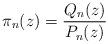
LaTeX: \begin{align*}\pi_{n}(z)=\frac{Q_{n}(z)}{P_{n}(z)}\end{align*}